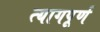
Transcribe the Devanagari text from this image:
त्यागपूर्ण